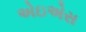
એઇએસ